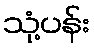
သုံ့ပန်း